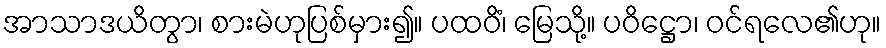
အာသာဒယိတွာ၊ စားမဲဟုပြစ်မှား၍။ ပထဝိံ၊ မြေသို့။ ပဝိဋ္ဌော၊ ဝင်ရလေ၏ဟု။